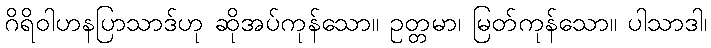
ဂိရိဝါဟနပြာသာဒ်ဟု ဆိုအပ်ကုန်သော။ ဥတ္တမာ၊ မြတ်ကုန်သော။ ပါသာဒါ၊